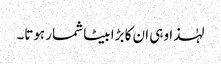
لہٰذا وہی ان کا بڑا بیٹا شمار ہوتا۔